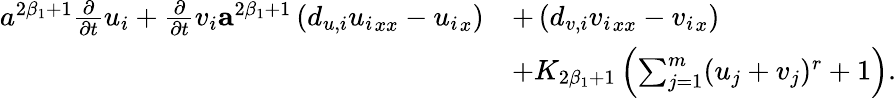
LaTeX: \begin{array}{rl}{a^{2\beta_{1}+1}\frac{\partial}{\partial t}u_{i}+\frac{\partial}{\partial t}v_{i}\le a^{2\beta_{1}+1}\left(d_{u,i}{u_{i}}_{xx}-{u_{i}}_{x}\right)}&{+\left(d_{v,i}{v_{i}}_{xx}-{v_{i}}_{x}\right)}\\ &{+K_{2\beta_{1}+1}\left(\sum_{j=1}^{m}(u_{j}+v_{j})^{r}+1\right).}\end{array}